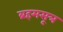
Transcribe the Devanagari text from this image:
ब्रहमसूत्र